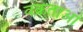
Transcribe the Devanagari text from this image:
वक्रताओं